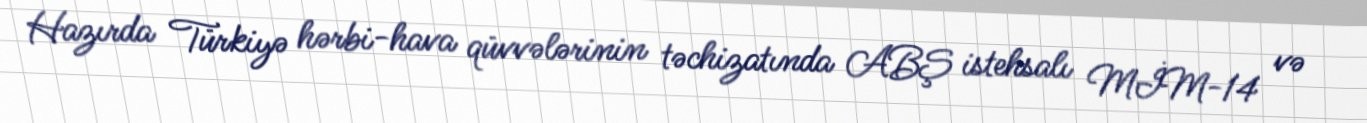
Hazırda Türkiyə hərbi-hava qüvvələrinin təchizatında ABŞ istehsalı MİM-14 və